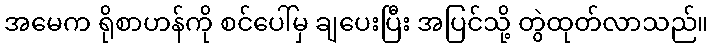
အမေက ရိုစာဟန်ကို စင်ပေါ်မှ ချပေးပြီး အပြင်သို့ တွဲထုတ်လာသည်။